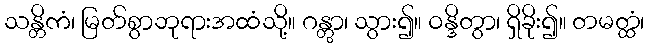
သန္တိကံ၊ မြတ်စွာဘုရားအထံသို့။ ဂန္တွာ၊ သွား၍။ ဝန္ဒိတွာ၊ ရှိခိုး၍။ တမတ္ထံ၊